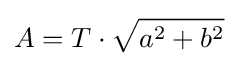
A=T\cdot {\sqrt {a^{2}+b^{2}}}